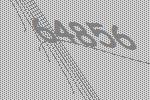
64856